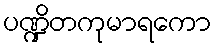
ပဏ္ဍိတကုမာရကော